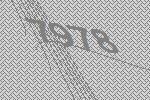
7978